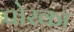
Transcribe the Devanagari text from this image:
पोरका